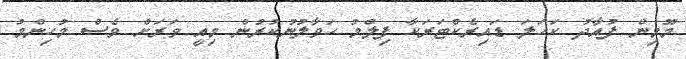
މޫމިން ފުއާދު ކަހަލަ ޑައިރެކްޓަރަކާ ފިލްމު ހަވާލުނުކުރުން މިއީ ވަރަށް ވެސް މުހިންމު